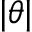
| \theta |